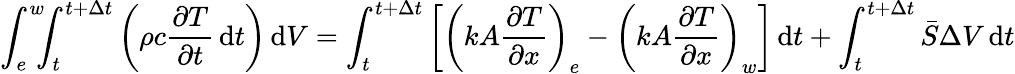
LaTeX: \int_{e}^{w}\! \! \! \int_{t}^{t+\Delta t}\left(\rho c{\frac{\partial T}{\partial t}}\, \mathrm{d}t\right)\, \mathrm{d}V=\int_{t}^{t+\Delta t}\left[\left(kA{\frac{\partial T}{\partial x}}\right)_{e}-\left(kA{\frac{\partial T}{\partial x}}\right)_{w}\right]\, \mathrm{d}t+\int_{t}^{t+\Delta t}{\bar{S}}\Delta V\, \mathrm{d}t